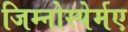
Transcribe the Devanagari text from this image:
जिम्नोस्पेर्मए